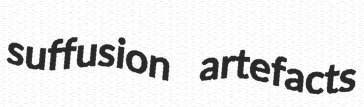
suffusion artefacts